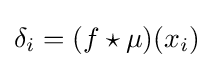
\delta _{i}=(f\star \mu )(x_{i})